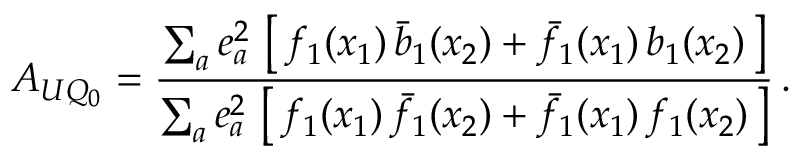
A _ { U Q _ { 0 } } = \frac { \sum _ { a } e _ { a } ^ { 2 } \, \left[ \, f _ { 1 } ( x _ { 1 } ) \, \bar { b } _ { 1 } ( x _ { 2 } ) + \bar { f } _ { 1 } ( x _ { 1 } ) \, b _ { 1 } ( x _ { 2 } ) \, \right] } { \sum _ { a } e _ { a } ^ { 2 } \, \left[ \, f _ { 1 } ( x _ { 1 } ) \, \bar { f } _ { 1 } ( x _ { 2 } ) + \bar { f } _ { 1 } ( x _ { 1 } ) \, f _ { 1 } ( x _ { 2 } ) \, \right] } \, .